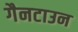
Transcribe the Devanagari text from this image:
गैनटाउन